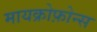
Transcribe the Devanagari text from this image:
मायक्रोफ़ोन्स